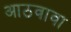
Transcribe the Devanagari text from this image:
आठवावा